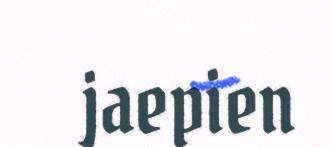
jaepien